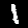
Digit: 1